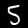
Digit: 5